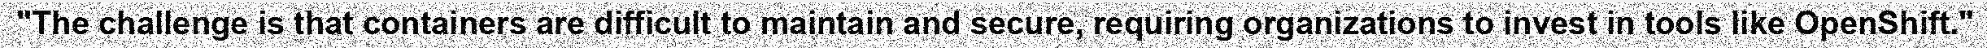
"The challenge is that containers are difficult to maintain and secure, requiring organizations to invest in tools like OpenShift."